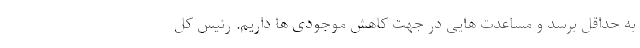
به حداقل برسد و مساعدت هایی در جهت کاهش موجودی ها داریم. رئیس کل